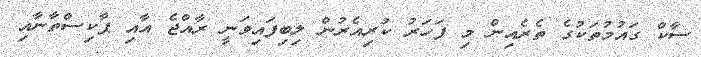
ސާކް ގައުމުތަކުގެ ތެރެއިން މި ފަހަރު ކުރިއެރުން ލިބިފައިވަނީ ރާއްޖެ އާއި ޕާކިސްތާނާއި